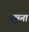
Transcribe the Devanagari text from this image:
सूच्ना